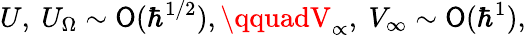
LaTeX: U,\ U_{\Omega}\sim\mathsf{O}(\hbar^{1/2}),\qquadV_{\propto},\ V_{\infty}\sim\mathsf{O}(\hbar^{1}),